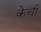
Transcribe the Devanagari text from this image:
केची